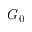
G _ { 0 }